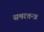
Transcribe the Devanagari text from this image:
समरतन्त्र